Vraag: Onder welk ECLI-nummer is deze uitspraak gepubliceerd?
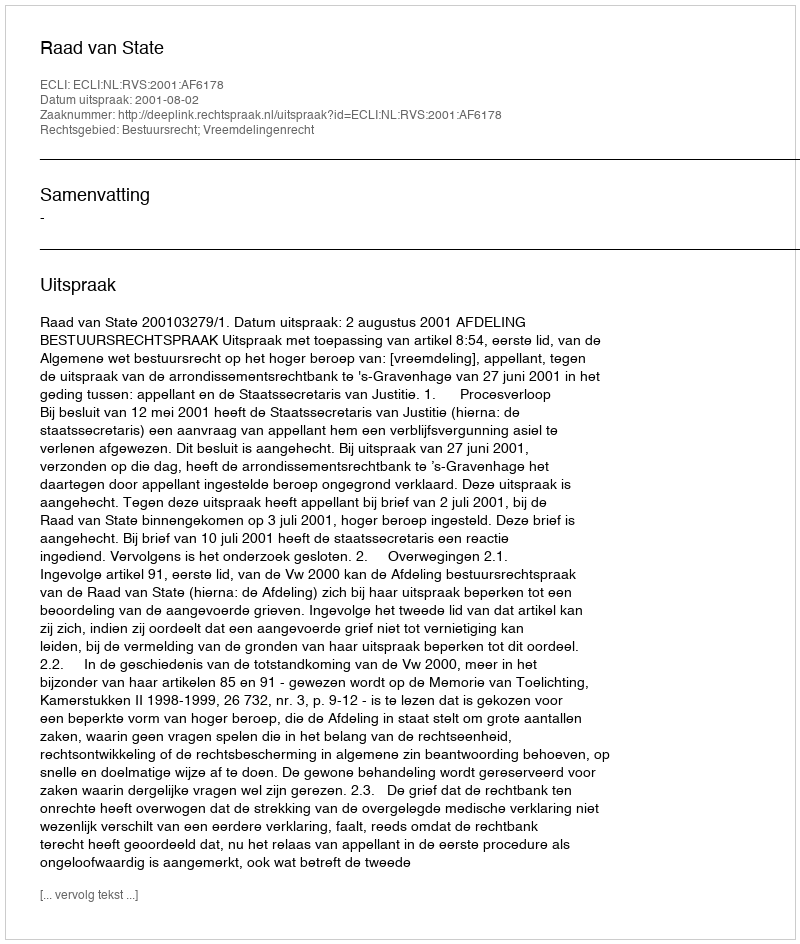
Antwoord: ECLI:NL:RVS:2001:AF6178